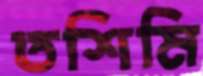
তশিমি